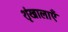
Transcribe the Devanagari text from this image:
शृंखालाएँ